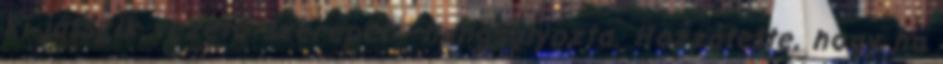
ki játszik vezető szerepet - hangsúlyozta. Hozzátette, hogy ha